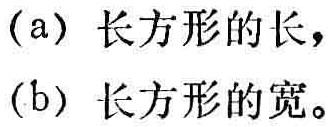
(a) 长方形的长，
(b) 长方形的宽。